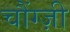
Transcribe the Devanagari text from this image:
चौंग्ज़ी